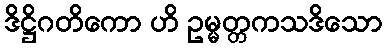
ဒိဋ္ဌိဂတိကော ဟိ ဥမ္မတ္တကသဒိသော